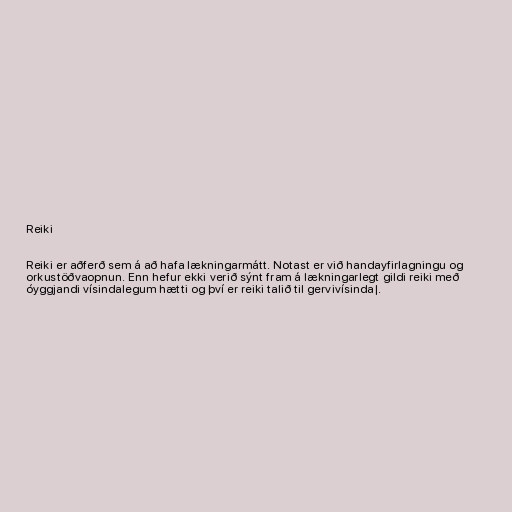
Reiki

Reiki er aðferð sem á að hafa lækningarmátt. Notast er við handayfirlagningu og
orkustöðvaopnun. Enn hefur ekki verið sýnt fram á lækningarlegt gildi reiki með
óyggjandi vísindalegum hætti og því er reiki talið til gervivísinda|.